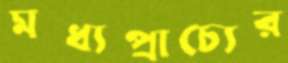
মধ্যপ্রাচ্যের